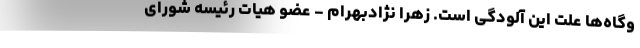
وگاه‌ها علت این آلودگی است. زهرا نژادبهرام - عضو هیات رئیسه شورای